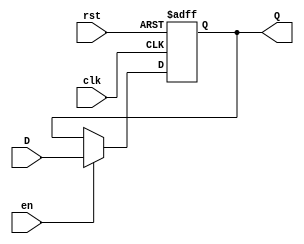
module InputRegister #(
    parameter WIDTH = 8  // Width of the input data
)(
    input wire clk,       // Clock signal
    input wire rst,       // Reset signal (active high)
    input wire en,        // Enable signal
    input wire [WIDTH-1:0] D, // Data input
    output reg [WIDTH-1:0] Q  // Data output
);

    // Asynchronous reset and data capture logic
    always @(posedge clk or posedge rst) begin
        if (rst) begin
            Q <= {WIDTH{1'b0}}; // Clear output to 0 on reset
        end else if (en) begin
            Q <= D; // Capture input data on clock edge if enabled
        end
        // If not enabled, retain the current value of Q
    end

endmodule